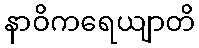
နာဝိကရေယျာတိ